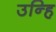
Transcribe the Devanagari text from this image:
उन्हि